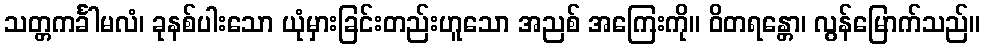
သတ္တကင်္ခါမလံ၊ ခုနစ်ပါးသော ယုံမှားခြင်းတည်းဟူသော အညစ် အကြေးကို။ ဝိတရန္တော၊ လွန်မြောက်သည်။